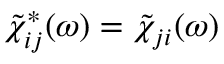
\tilde { \chi } _ { i j } ^ { * } ( \omega ) = \tilde { \chi } _ { j i } ( \omega )